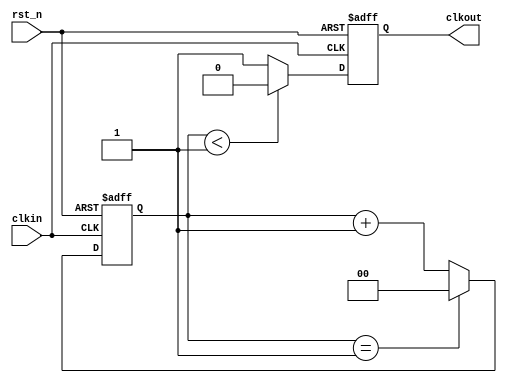
`timescale 1ns / 10ps
module div2
(
input clkin,
input rst_n,
output  clkout
);	
reg clkout_r;
parameter Divider_Counter = 2;
reg [1:0] Counter = 0;
	
always@(posedge clkin or negedge rst_n)
begin
    if(!rst_n)
    begin
    Counter <= 1'b0;
    end
    else 
    begin
        if(Counter == (Divider_Counter-1))
        begin
        Counter <= 0;
        end
        else
        begin 
        Counter <= Counter + 1;
        end
     end		
 end
always@(posedge clkin or negedge rst_n)
begin
    if(!rst_n)
    begin
    clkout_r <= 1'b0;
    end
	else 
	begin
        if(Counter < Divider_Counter/2)
        begin
        clkout_r <= 1'b0;
        end
	    else
	    begin 
		clkout_r <= 1'b1;
		end
	end		
end
assign  clkout = clkout_r ;
endmodule